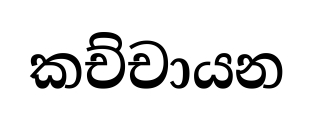
කච්චායන